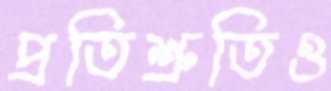
প্রতিশ্রুতিও